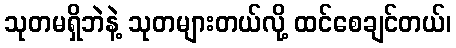
သုတမရှိဘဲနဲ့ သုတများတယ်လို့ ထင်စေချင်တယ်၊